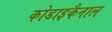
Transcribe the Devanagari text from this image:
कोडाइकैनाल